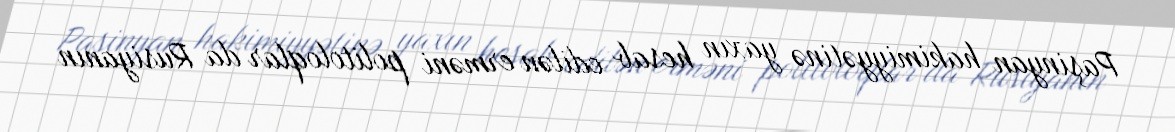
Paşinyan hakimiyyətinə yaxın hesab edilən erməni politoloqlar da Rusiyanın